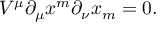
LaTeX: V ^ { \mu } \partial _ { \mu } x ^ { m } \partial _ { \nu } x _ { m } = 0 .